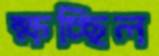
ক্ষচ্ছিল